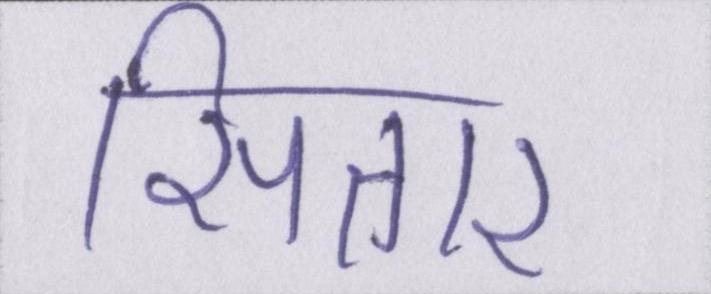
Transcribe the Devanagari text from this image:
सितार